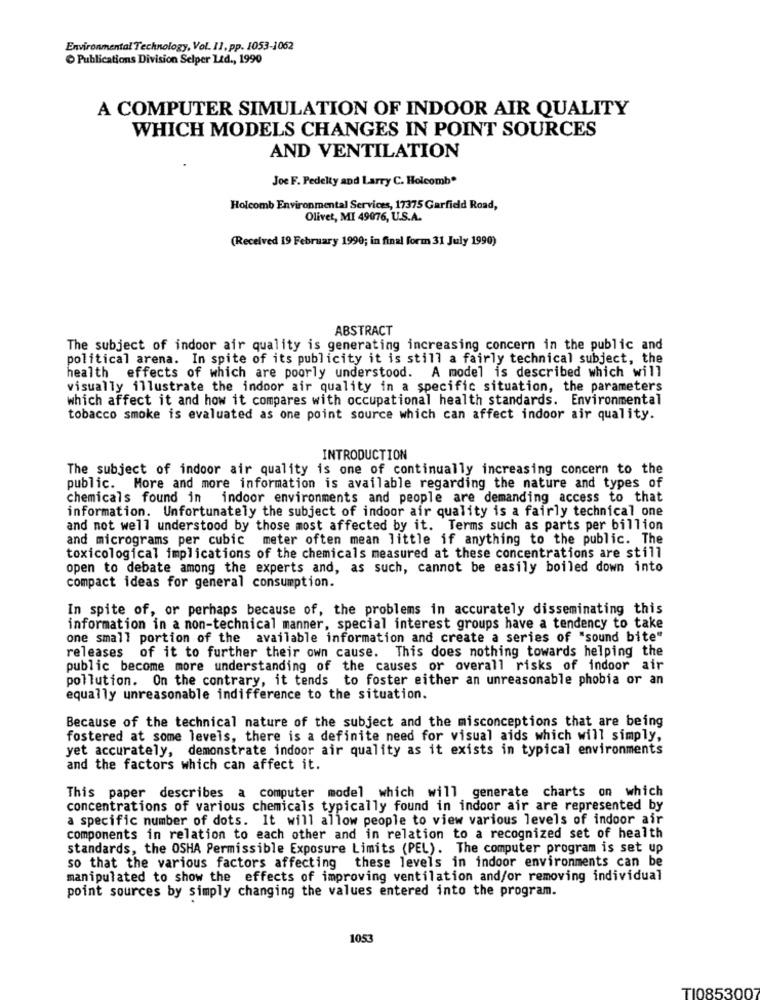
Environmental Technology, Vol. 11, pp. 1053-1062
Publications Division Selper Ltd ., 1990
A COMPUTER SIMULATION OF INDOOR AIR QUALITY
WHICH MODELS CHANGES IN POINT SOURCES
AND VENTILATION
Joe F. Pedelty and Larry C. Holcomb"
Holcomb Environmental Services, 17375 Garfield Road,
Olivet, MI 49076, U.S.A.
(Received 19 February 1990; in final form 31 July 1990)
ABSTRACT
The subject of indoor air quality is generating increasing concern in the public and
political arena. In spite of its publicity it is still a fairly technical subject, the
health effects of which are poorly understood. A model is described which will
visually illustrate the indoor air quality in a specific situation, the parameters
which affect it and how it compares with occupational health standards. Environmental
tobacco smoke is evaluated as one point source which can affect indoor air quality.
INTRODUCTION
The subject of indoor air quality is one of continually increasing concern to the
public. More and more information is available regarding the nature and types of
chemicals found in indoor environments and people are demanding access to that
information. Unfortunately the subject of indoor air quality is a fairly technical one
and not well understood by those most affected by it. Terms such as parts per billion
and micrograms per cubic meter often mean little if anything to the public. The
toxicological implications of the chemicals measured at these concentrations are still
open to debate among the experts and, as such, cannot be easily boiled down into
compact ideas for general consumption.
In spite of, or perhaps because of, the problems in accurately disseminating this
information in a non-technical manner, special interest groups have a tendency to take
one small portion of the available information and create a series of "sound bite"
releases of it to further their own cause. This does nothing towards helping the
public become more understanding of the causes or overall risks of indoor air
pollution. On the contrary, it tends to foster either an unreasonable phobia or an
equally unreasonable indifference to the situation.
Because of the technical nature of the subject and the misconceptions that are being
fostered at some levels, there is a definite need for visual aids which will simply,
yet accurately, demonstrate indoor air quality as it exists in typical environments
and the factors which can affect it.
This paper describes a computer model which will generate charts on which
concentrations of various chemicals typically found in indoor air are represented by
a specific number of dots. It will allow people to view various levels of indoor air
components in relation to each other and in relation to a recognized set of health
standards, the OSHA Permissible Exposure Limits (PEL). The computer program is set up
so that the various factors affecting these levels in indoor environments can be
manipulated to show the effects of improving ventilation and/or removing individual
point sources by simply changing the values entered into the program.
1053
TI0853007